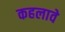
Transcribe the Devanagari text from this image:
कहलावे